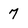
Character: 7